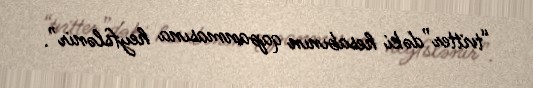
“tvitter”dəki hesabının qapanmasına heyfslənir”.